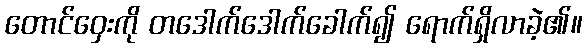
တောင်ဝှေးကို တဒေါက်ဒေါက်ခေါက်၍ ရောက်ရှိလာခဲ့၏။